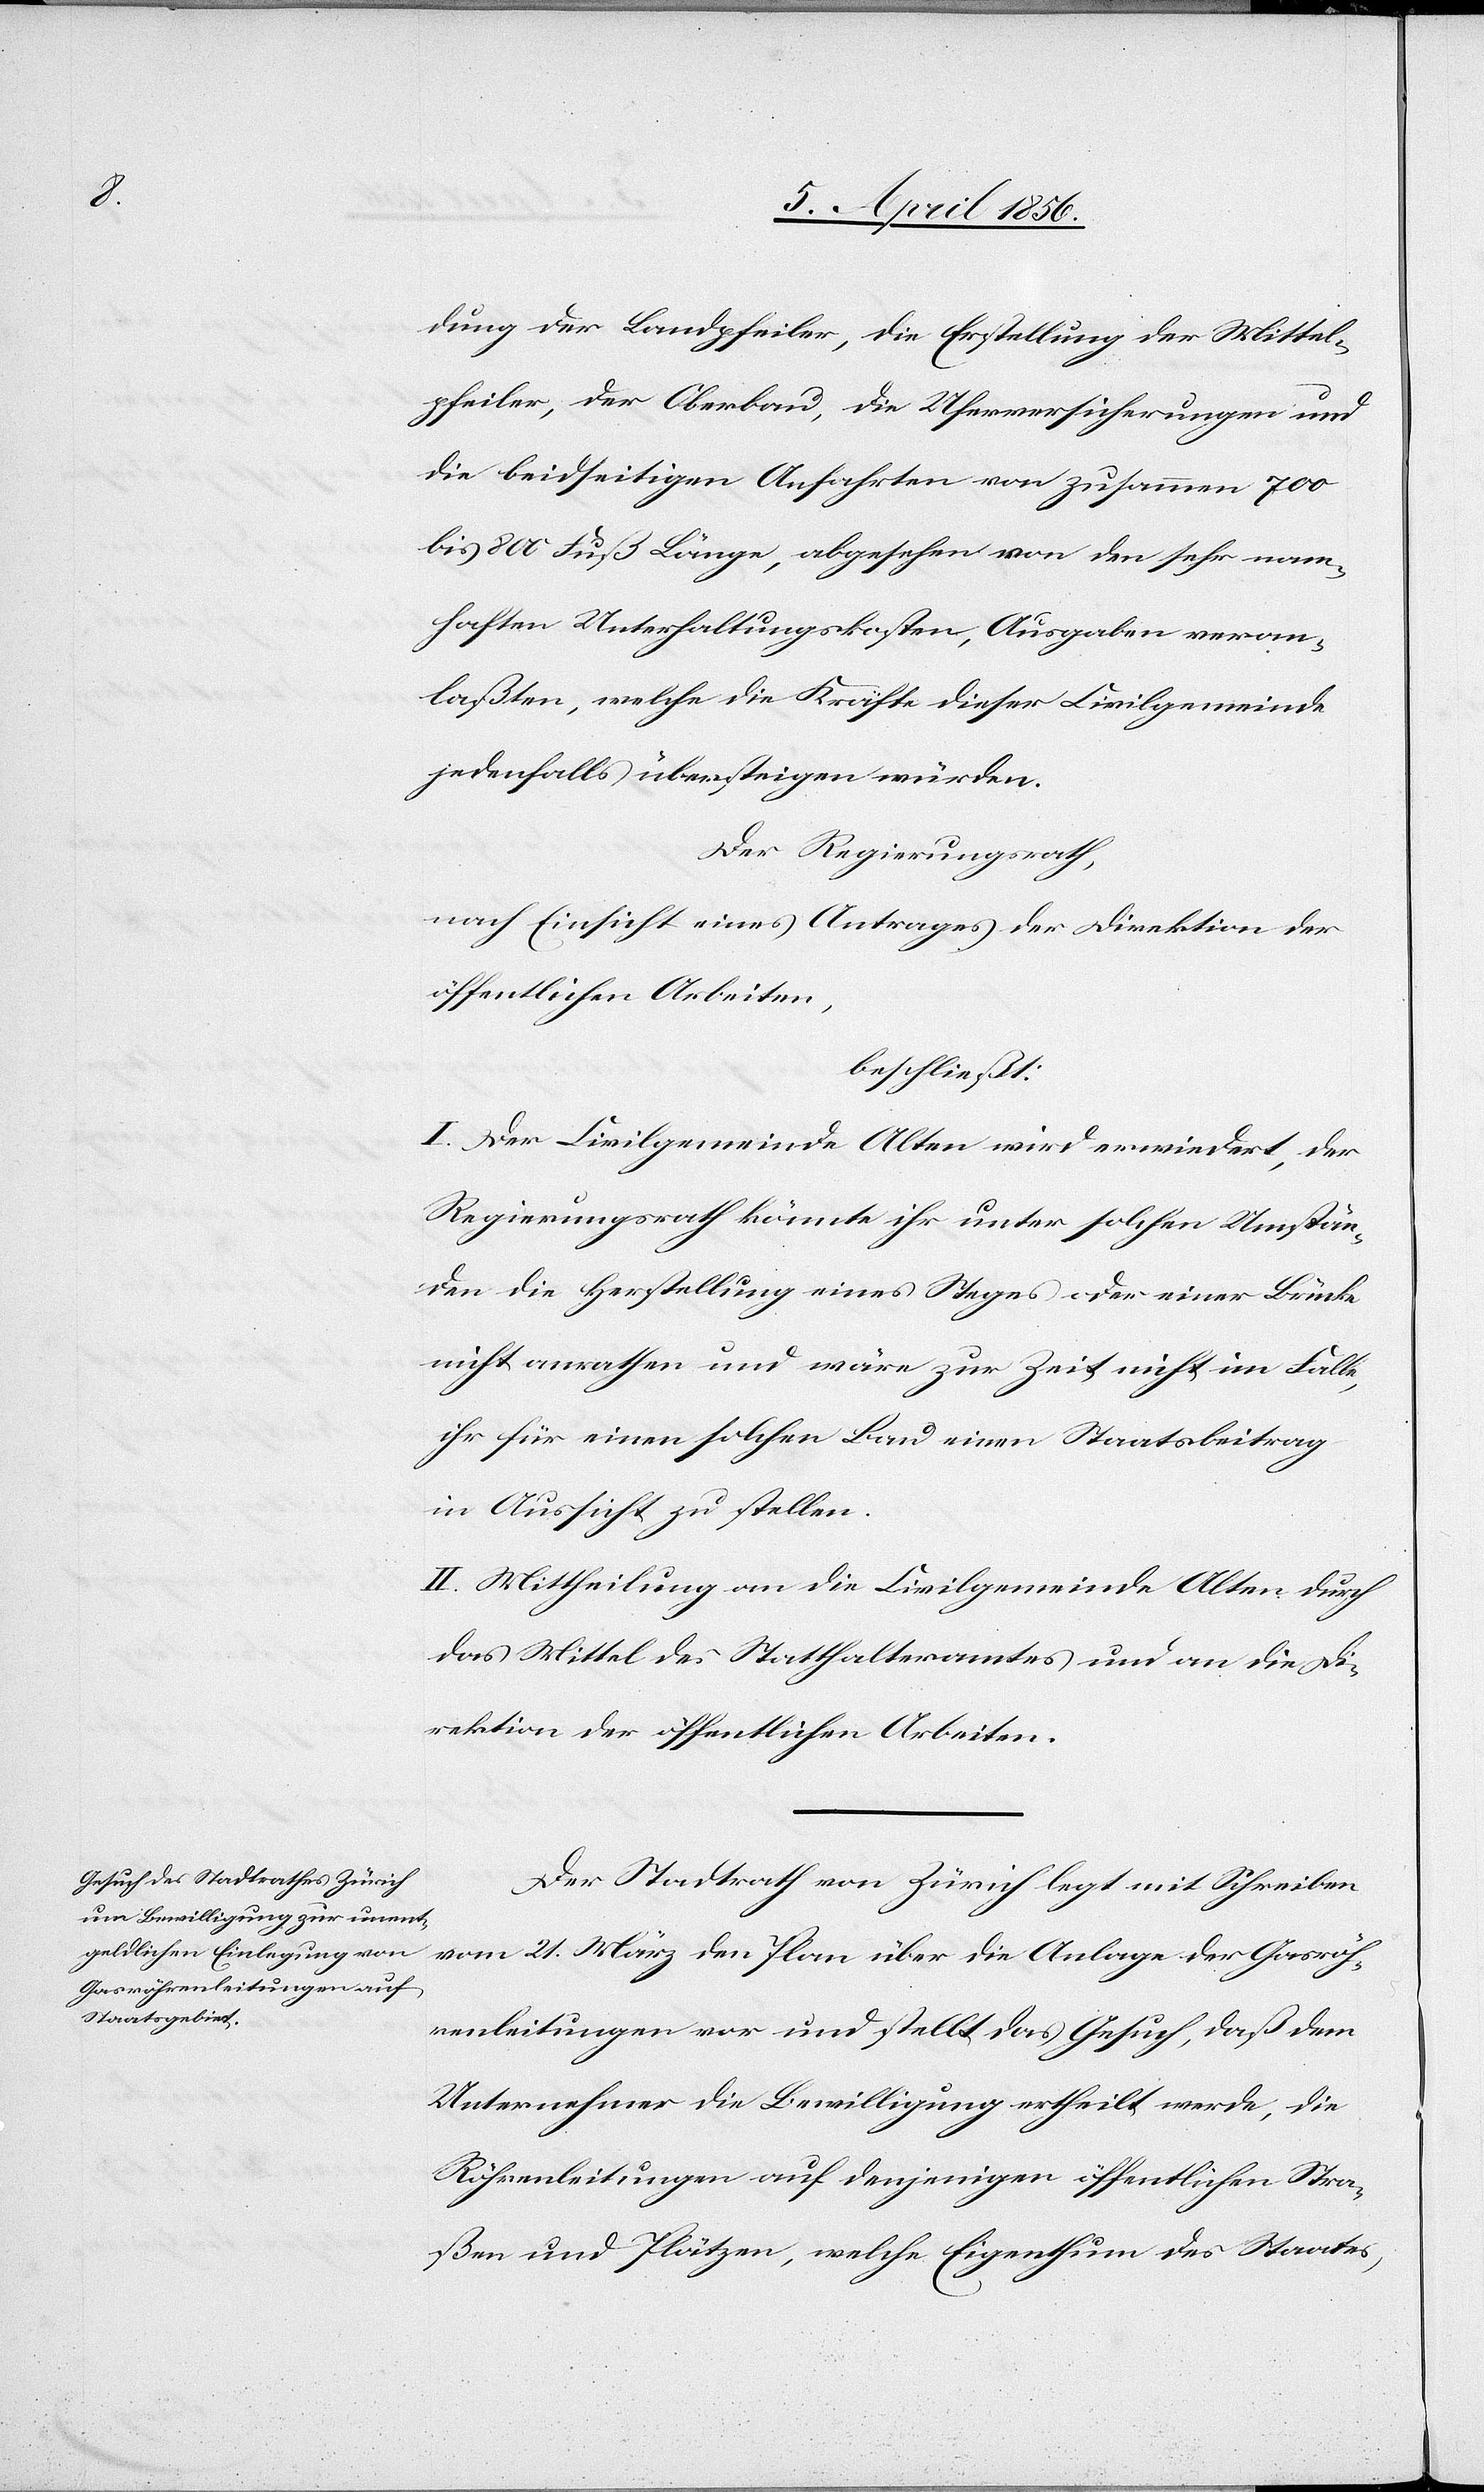
dung der Landpfeiler, die Erstellung der Mittel¬
pfeiler, der Oberbau, die Uferversicherungen und
die beidseitigen Anfahrten von zusammen 700
bis 800 Fuß Länge, abgesehen von den sehr nam¬
haften Unterhaltungskosten, Ausgaben veran¬
laßten, welche die Kräfte dieser Civilgemeinde
jedenfalls übersteigen würden.
Der Regierungsrath,
nach Einsicht eines Antrages der Direktion der
öffentlichen Arbeiten,
beschließt:
I. Der Civilgemeinde Alten wird erwiedert, der
Regierungsrath könnte ihr unter solchen Umstän¬
den die Herstellung eines Steges oder einer Brücke
nicht anrathen und wäre zur Zeit nicht im Falle,
ihr für einen solchen Bau einen Staatsbeitrag
in Aussicht zu stellen.
II. Mittheilung an die Civilgemeinde Alten durch
das Mittel des Statthalteramtes und an die Di¬
rektion der öffentlichen Arbeiten.
Der Stadtrath von Zürich legt mit Schreiben
vom 21. März den Plan über die Anlage der Gasröh¬
renleitungen vor und stellt das Gesuch, daß dem
Unternehmer die Bewilligung ertheilt werde, die
Röhrenleitungen auf denjenigen öffentlichen Stra¬
ßen und Plätzen, welche Eigenthum des Staates